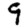
Digit: 9